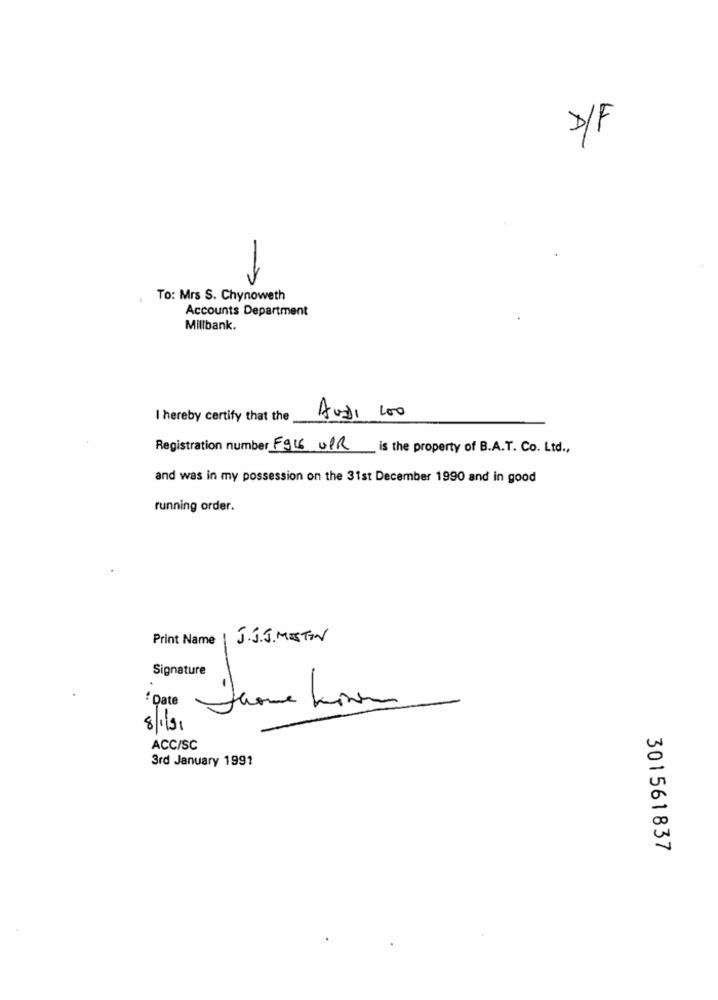
D/F
.
To: Mrs S. Chynoweth
Accounts Department
Millbank.
I hereby certify that the
AUDI 100
Registration number F916 UPR is the property of B.A.T. Co. Ltd .,
and was in my possession on the 31st December 1990 and in good
running order.
Print Name
J. J.J. MESTIN
Signature
.
Date
8/1/91
ACC/SC
3rd January 1991
301561837